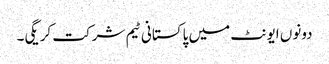
دونوں ایونٹ میں پاکستانی ٹیم شرکت کریگی۔